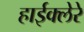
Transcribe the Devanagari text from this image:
हाईक्लेरे